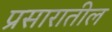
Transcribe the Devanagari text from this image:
प्रसारातील